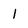
Character: I